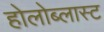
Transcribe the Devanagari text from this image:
होलोब्लास्ट